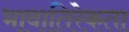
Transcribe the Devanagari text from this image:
भावातिरेकता